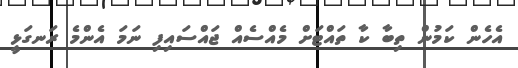
އެހެން ކަމުން ތިބާ ކާ ތައްޓަށް މެއްސެއް ޖައްސައިފި ނަމަ އެންމެ ރަނގަޅީ